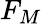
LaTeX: F_{M}